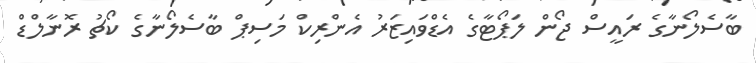
ބާސެލޯނާގެ ރައީސް ޖޯން ލަޕޯޓާގެ އެޑްވައިޒަރު އެންރިކް މަސިޕް ބާސެލޯނާގެ ކޯޗު ރޮނާލްޑް